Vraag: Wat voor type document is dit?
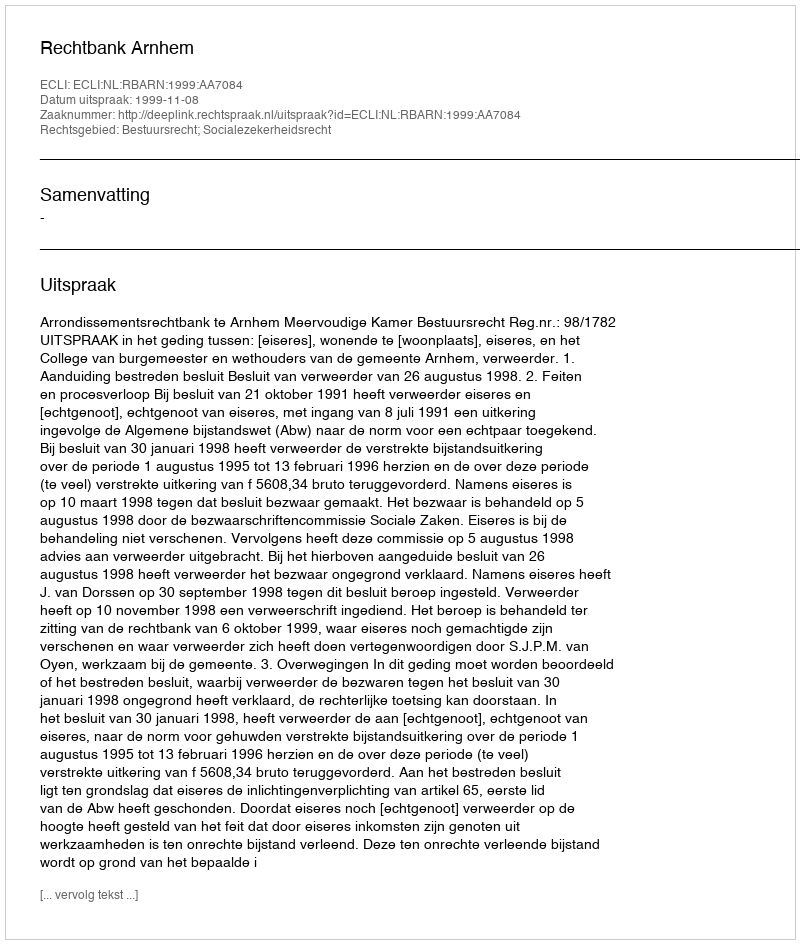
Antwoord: Uitspraak